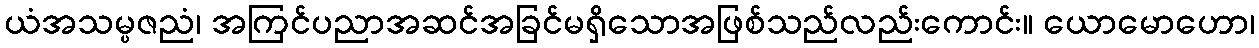
ယံအသမ္ပဇညံ၊ အကြင်ပညာအဆင်အခြင်မရှိသောအဖြစ်သည်လည်းကောင်း။ ယောမောဟော၊